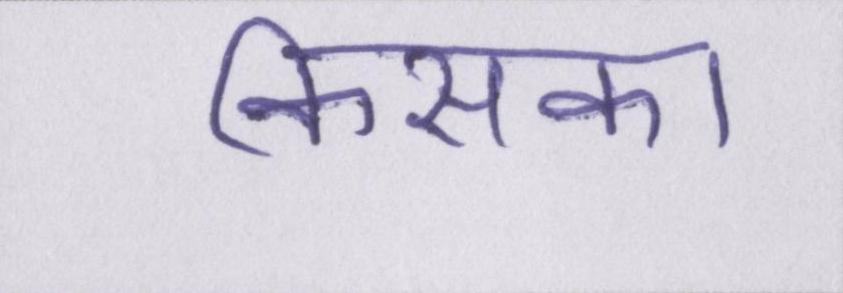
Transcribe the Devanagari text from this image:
किसका